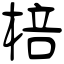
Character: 棓